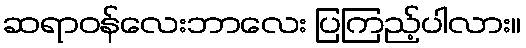
ဆရာဝန်လေးဘာလေး ပြကြည့်ပါလား။